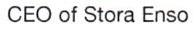
CEO of Stora Enso